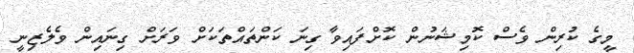
މީގެ ކުރިން ވެސް ކޮމިޝަނުން ކޮށްފައިވާ ގިނަ ކަންތައްތަކަށް ވަރަށް ގިނައިން ވެލެޒިނީ